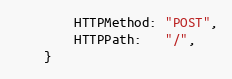
Language: Go
		HTTPMethod: "POST",
		HTTPPath:   "/",
	}